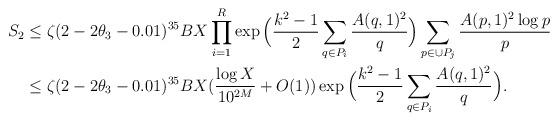
LaTeX: \begin{align*}S_2&\leq \zeta(2-2\theta_3-0.01)^{35}BX\prod_{i=1}^{R}\exp\Big(\frac{k^2-1}{2}\sum_{q\in P_i}\frac{A(q,1)^2}{q}\Big)\sum_{p\in \cup P_j}\frac{A(p,1)^2\log p}{p}\\&\leq \zeta(2-2\theta_3-0.01)^{35}BX(\frac{\log X}{10^{2M}}+O(1))\exp\Big(\frac{k^2-1}{2}\sum_{q\in P_i}\frac{A(q,1)^2}{q}\Big).\end{align*}